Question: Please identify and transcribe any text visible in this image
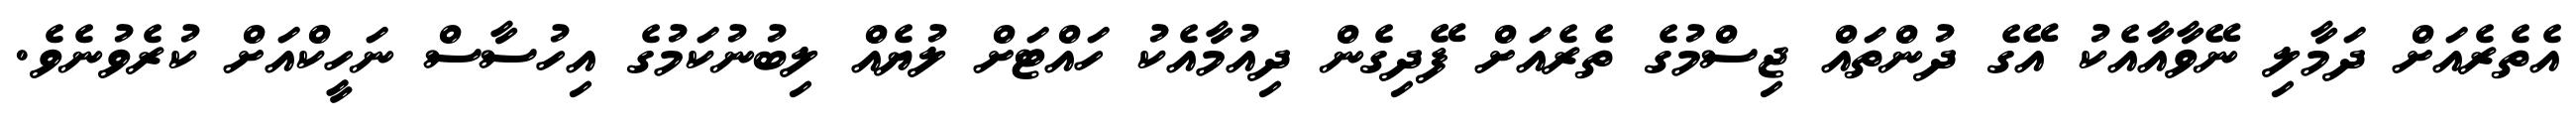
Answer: އެތެރެއަށް ދަމާލި ނޭވާއާއެކު އޭގެ ދުންތައް ޖިސްމުގެ ތެރެއަށް ފޭދިގެން ދިއުމާއެކު ހައްޓަށް ލުޔެއް ލިބުނުކަމުގެ އިހުސާސް ނަހީކްއަށް ކުރެވުނެވެ.